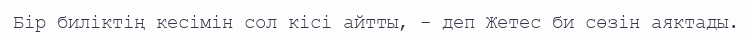
Бір биліктің кесімін сол кісі айтты, - деп Жетес би сөзін аяктады.